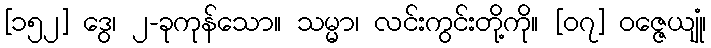
[၁၅၂] ဒွေ၊ ၂-ခုကုန်သော။ သမ္မာ၊ လင်းကွင်းတို့ကို။ [၀၇] ဝဇ္ဇေယျုံ၊